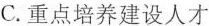
C.重点培养建设人才